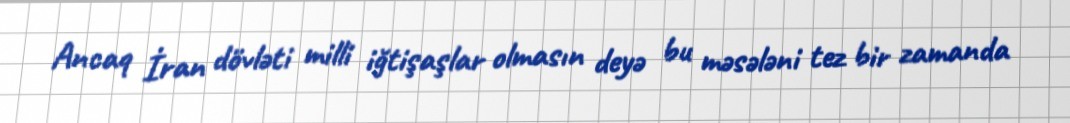
Ancaq İran dövləti milli iğtişaşlar olmasın deyə bu məsələni tez bir zamanda